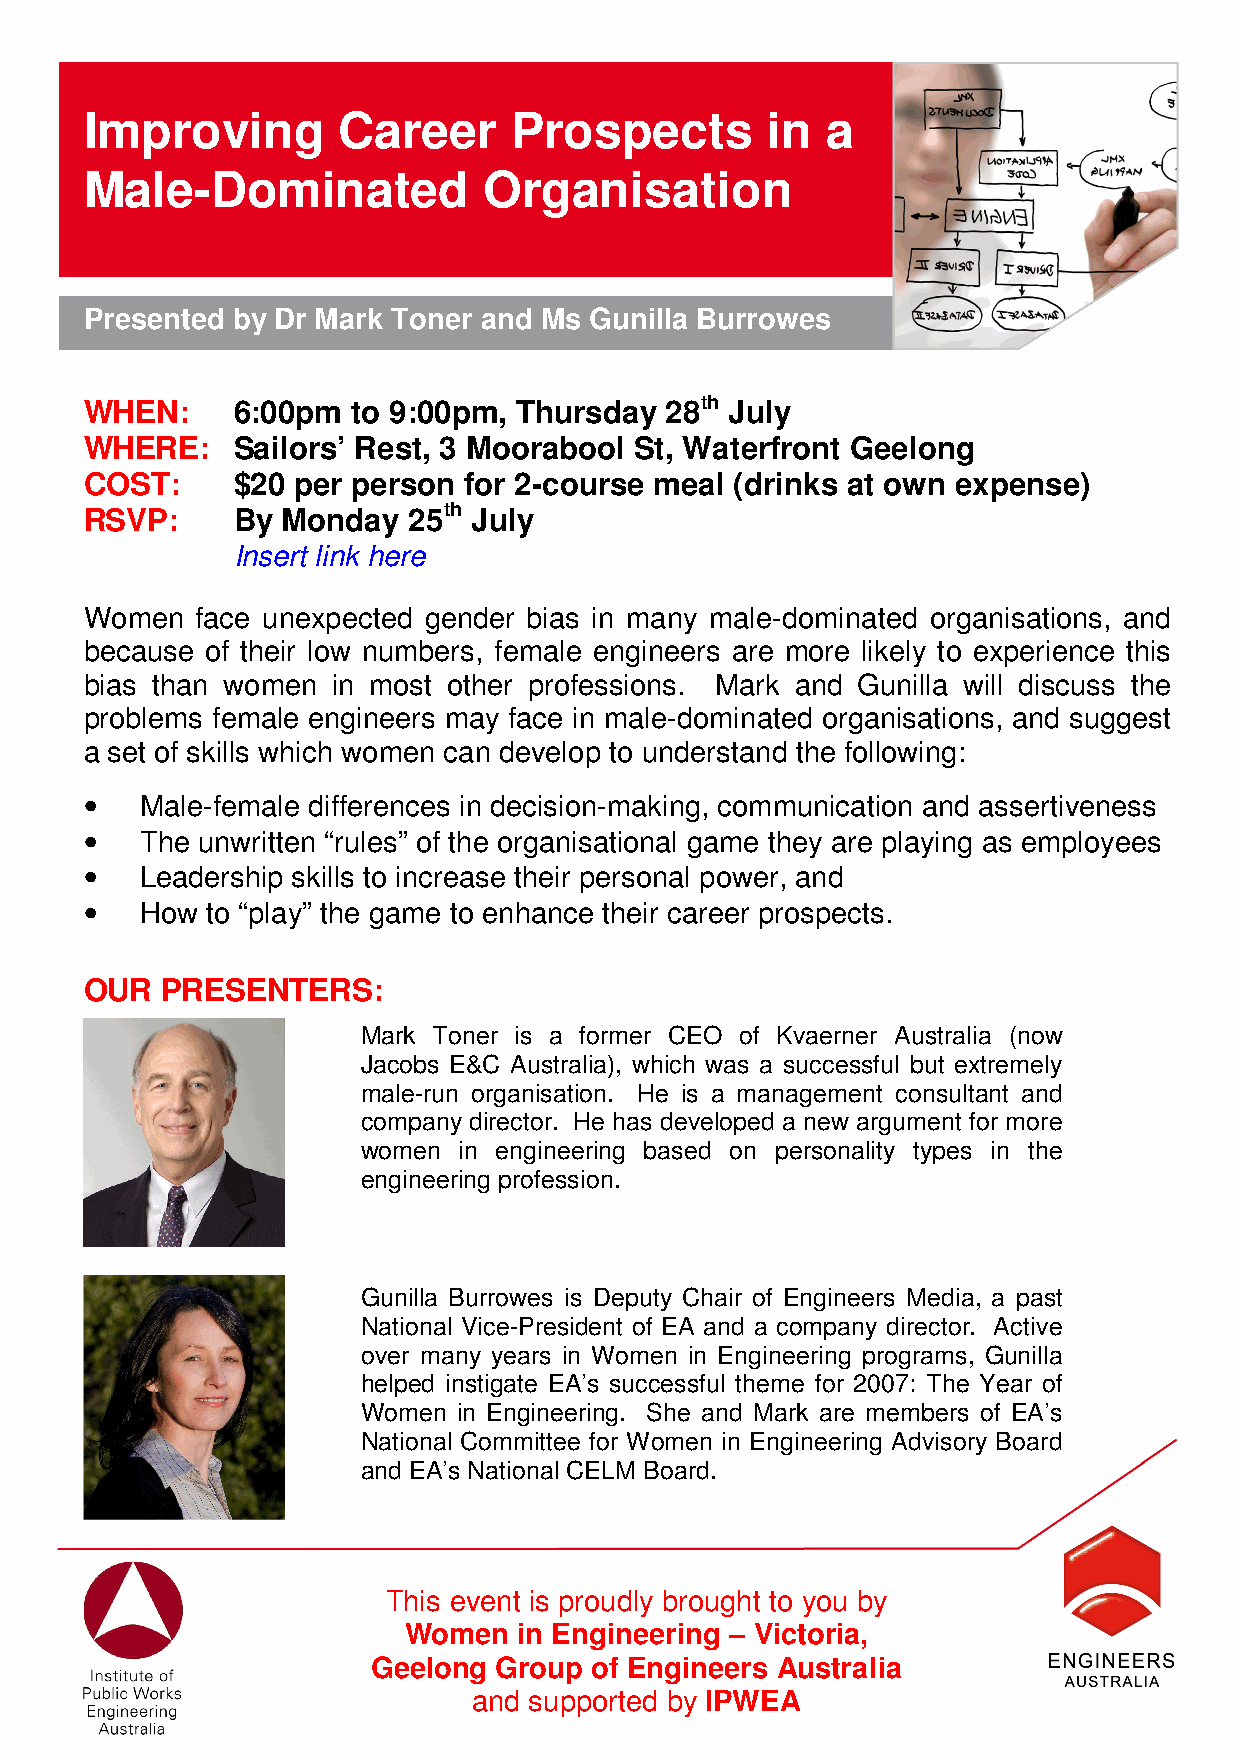
Improving       Career      Prospects        in  a
 Male-Dominated            Organisation
 Presented by Dr Mark Toner and Ms Gunilla Burrowes
 WHEN:    6:00pm  to 9:00pm, Thursday  28th July
 WHERE:   Sailors’ Rest, 3 Moorabool St, Waterfront Geelong
 COST:    $20 per person  for 2-course meal (drinks at own expense)
 RSVP:    By  Monday  25th July
 Insert link here
 Women  face unexpected gender bias in many male-dominated organisations, and
 because of their low numbers, female engineers are more likely to experience this
 bias than women in most other professions. Mark and Gunilla will discuss the
 problems female engineers may face in male-dominated organisations, and suggest
 a set of skills which women can develop to understand the following:
 •
 Male-female differences in decision-making, communication and assertiveness
 •
 The unwritten “rules” of the organisational game they are playing as employees
 •
 Leadership skills to increase their personal power, and
 •
 How  to “play” the game to enhance their career prospects.
 OUR  PRESENTERS:
 Mark Toner is a former CEO of Kvaerner Australia (now
 Jacobs E&C Australia), which was a successful but extremely
 male-run organisation. He is a management consultant and
 company director. He has developed a new argument for more
 women in engineering based on personality types in the
 engineering profession.
 Gunilla Burrowes is Deputy Chair of Engineers Media, a past
 National Vice-President of EA and a company director. Active
 over many years in Women in Engineering programs, Gunilla
 helped instigate EA’s successful theme for 2007: The Year of
 Women in Engineering. She and Mark are members of EA’s
 National Committee for Women in Engineering Advisory Board
 and EA’s National CELM Board.
 This event is proudly brought to you by
 Women  in Engineering – Victoria,
 Geelong Group of Engineers Australia
 and supported by IPWEA